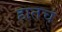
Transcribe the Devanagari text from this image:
हातचं